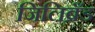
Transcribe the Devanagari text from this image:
जिलिब्रँड